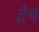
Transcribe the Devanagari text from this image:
द्वैष